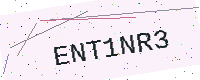
Text: ENT1NR3